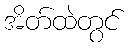
အိတ်ထဲတွင်